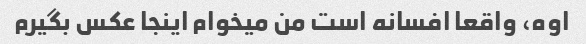
اوه، واقعا افسانه است من میخوام اینجا عکس بگیرم